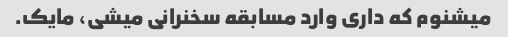
میشنوم که داری وارد مسابقه سخنرانی میشی، مایک.